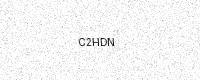
Text: C2HDN